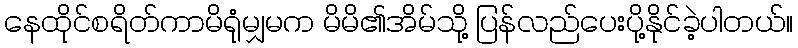
နေထိုင်စရိတ်ကာမိရုံမျှမက မိမိ၏အိမ်သို့ ပြန်လည်ပေးပို့နိုင်ခဲ့ပါတယ်။